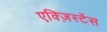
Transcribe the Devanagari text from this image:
एक्ज़िस्टेंस